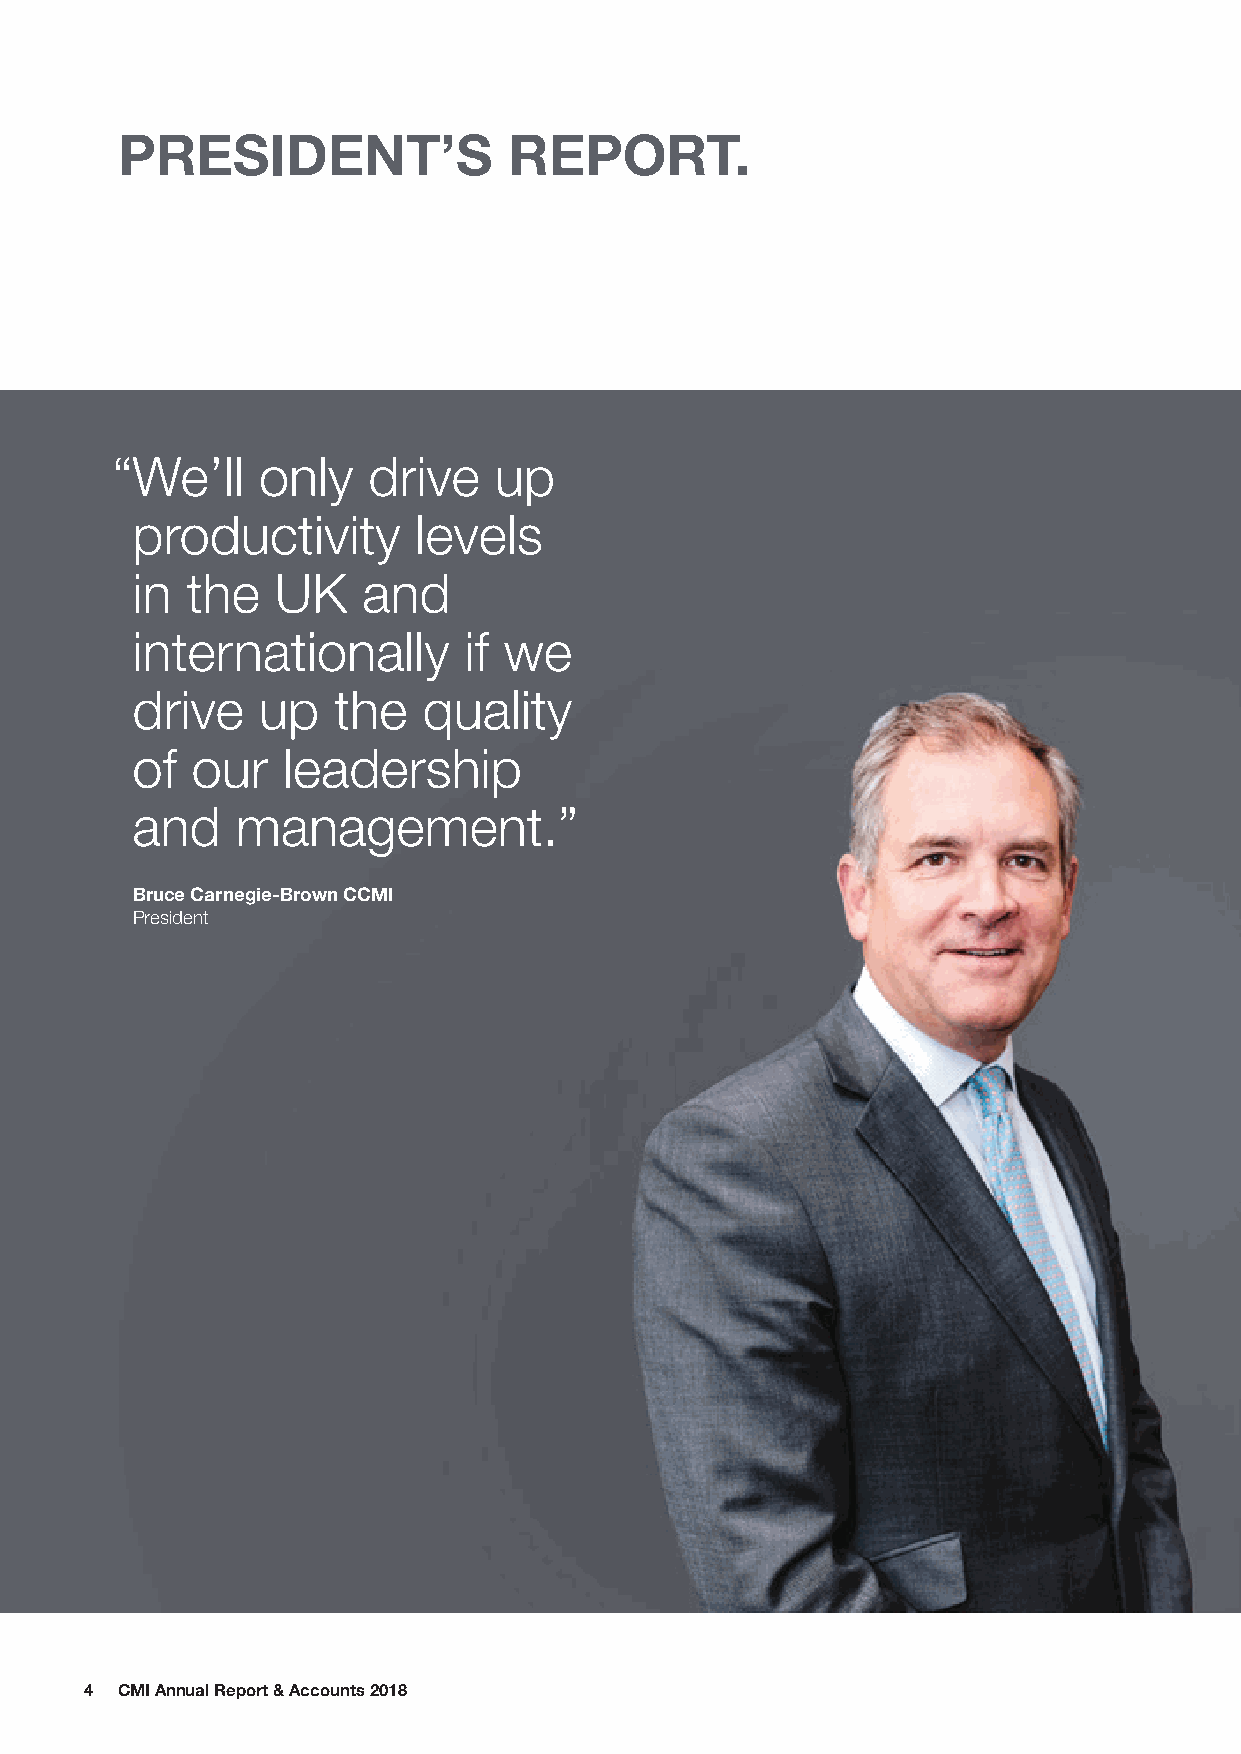
PRESIDENT’S               REPORT.
 “ We’ll   only   drive    up
 productivity      levels
 in the   UK    and
 internationally       if we
 drive   up   the   quality
 of  our   leadership
 and    management.”
 Bruce Carnegie-Brown CCMI
 President
 4 CMI Annual Report & Accounts 2018